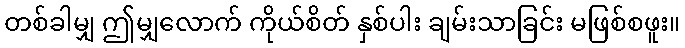
တစ်ခါမျှ ဤမျှလောက် ကိုယ်စိတ် နှစ်ပါး ချမ်းသာခြင်း မဖြစ်စဖူး။